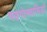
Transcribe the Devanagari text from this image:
षड्गोस्वामियों